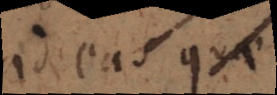
ad eas quae